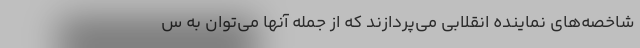
شاخصه‌های نماینده انقلابی می‌پردازند که از جمله آنها می‌توان به س